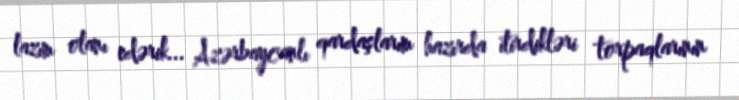
lazım olanı edərik... Azərbaycanlı qardaşlarım hazırda itirdikləri torpaqlarının